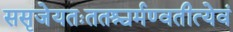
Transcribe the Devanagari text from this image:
ससृजेयतःततश्चर्मण्वतीत्येवं